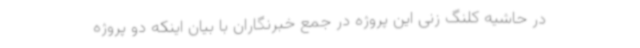
در حاشیه کلنگ زنی این پروژه در جمع خبرنگاران با بیان اینکه دو پروژه